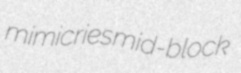
mimicries mid-block